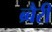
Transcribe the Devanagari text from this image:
ब्र्बैरी